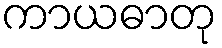
ကာယဓာတု